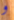
و